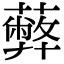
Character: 𦿔